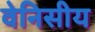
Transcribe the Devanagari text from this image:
वेनिसीय